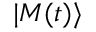
\vert { M ( t ) } \rangle